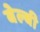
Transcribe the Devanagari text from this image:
बेल्बी